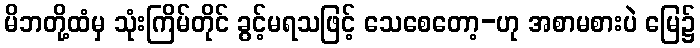
မိဘတို့ထံမှ သုံးကြိမ်တိုင် ခွင့်မရသဖြင့် သေစေတော့-ဟု အစာမစားပဲ မြေ၌